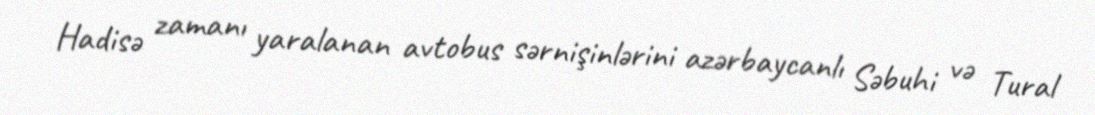
Hadisə zamanı yaralanan avtobus sərnişinlərini azərbaycanlı Səbuhi və Tural